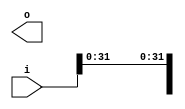
/* Generated by Yosys 0.27+9 (git sha1 101d19bb6, gcc 11.2.0-7ubuntu2 -fPIC -Os) */

(* top =  1  *)

module bsg_array_concentrate_static(i, o);
  
  input [1023:0] i;
  wire [1023:0] i;
  
  output [255:0] o;
  wire [255:0] o;
  assign { i[224], i[208], i[192], i[176], i[160], i[144], i[128], i[112], i[96], i[80], i[64], i[48], i[32], i[0] } = { i[240], i[240], i[240], i[240], i[240], i[240], i[240], i[240], i[240], i[240], i[240], i[240], i[240], i[240] };
  assign o = { 224'hxxxxxxxxxxxxxxxxxxxxxxxxxxxxxxxxxxxxxxxxxxxxxxxxxxxxxxxx, i[31:1], i[240] };
endmodule